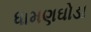
ધામણઘોડા